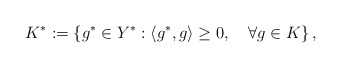
\begin{align*}K^* := \left\{ g^*\in Y^* : \langle g^*, g\rangle \geq 0, \quad\forall g \in K \right\},\end{align*}